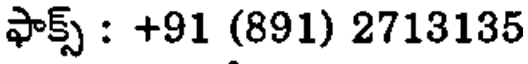
ఫాక్స్ : +91 (891) 2713135